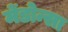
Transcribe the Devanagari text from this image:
मेंडोन्सा